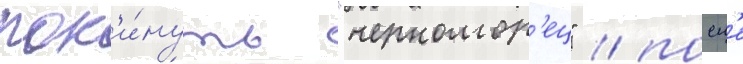
пок'и́нуть "черномор'ец" / посл'е